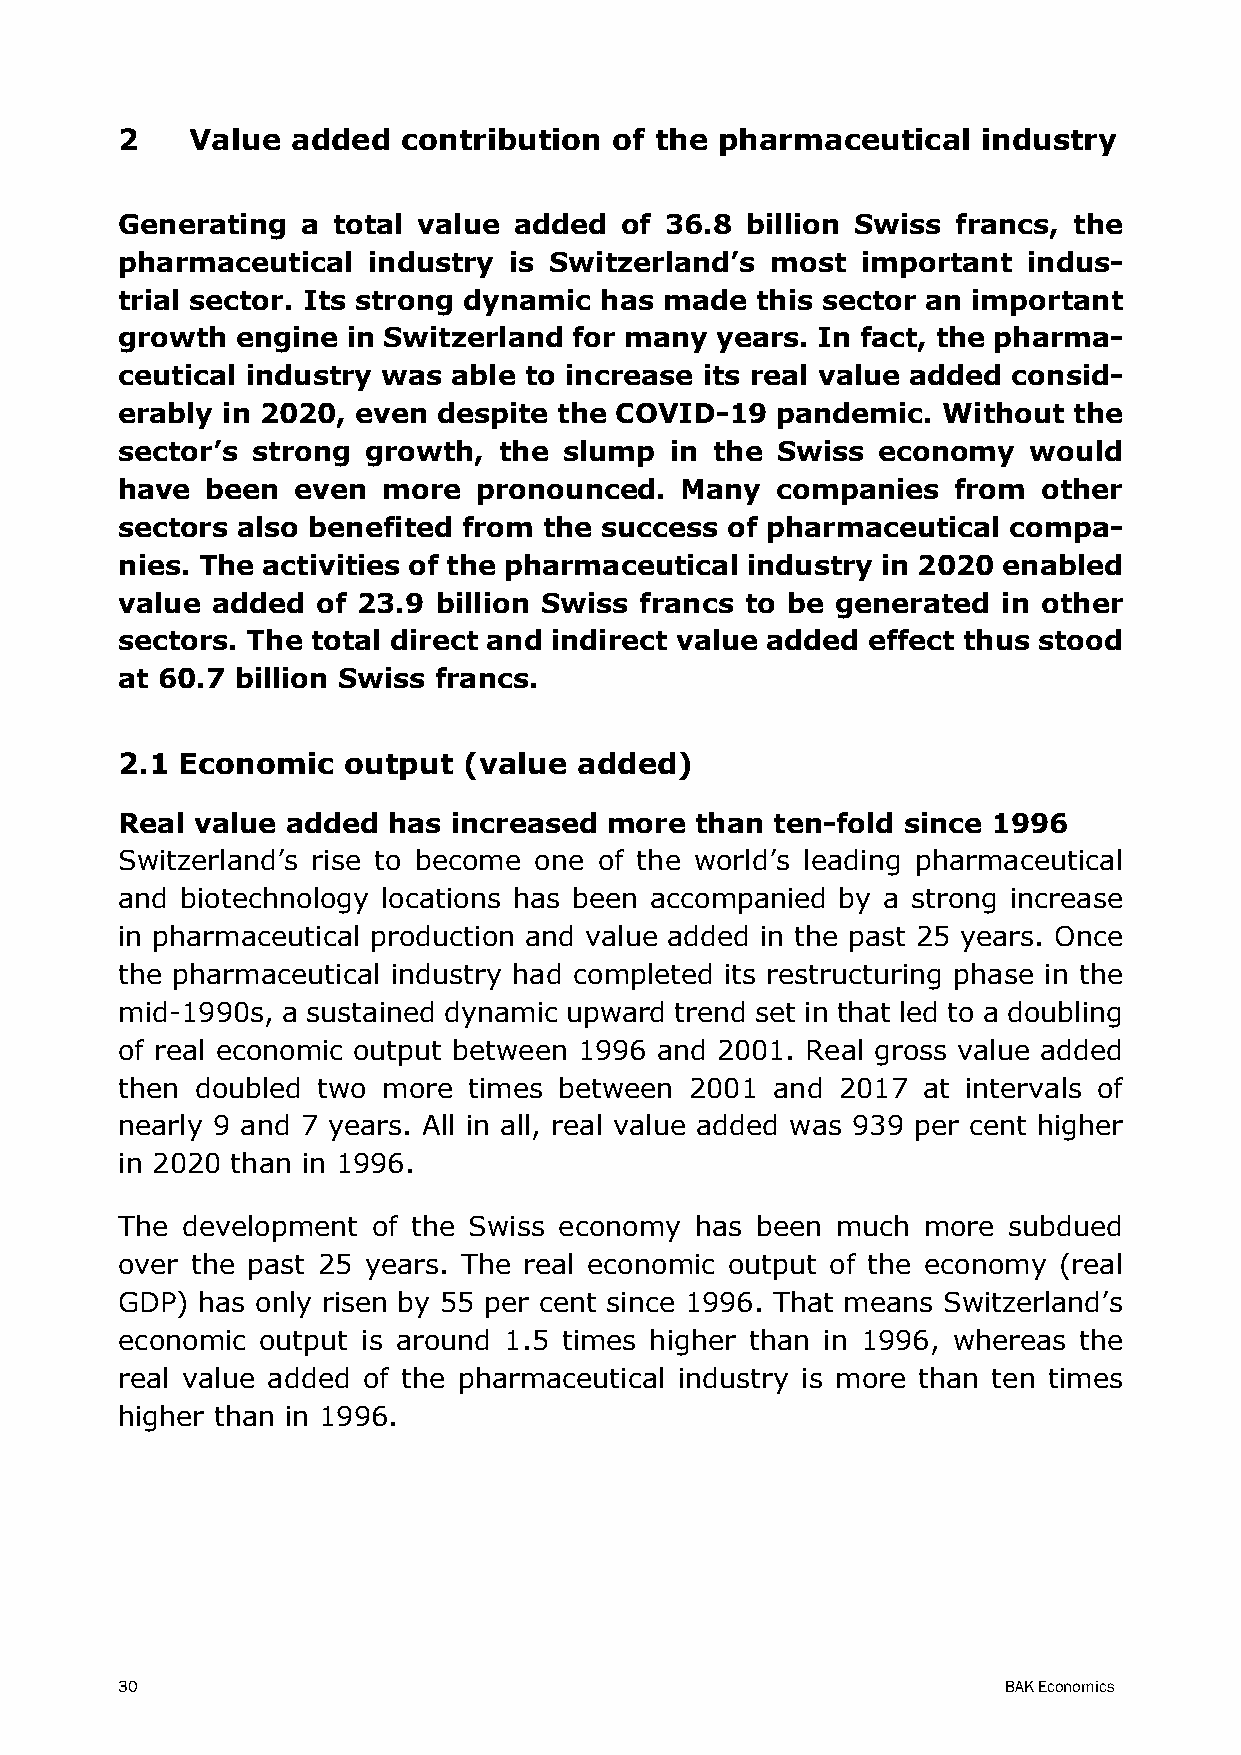
2    Value added   contribution  of the pharmaceutical   industry
 Generating  a total value added  of 36.8 billion Swiss francs, the
 pharmaceutical  industry  is Switzerland’s most  important  indus-
 trial sector. Its strong dynamic has made this sector an important
 growth  engine in Switzerland for many years. In fact, the pharma-
 ceutical industry was able to increase its real value added consid-
 erably in 2020, even despite the COVID-19  pandemic.  Without  the
 sector’s strong growth,  the slump  in the Swiss  economy   would
 have  been  even more   pronounced.  Many  companies   from  other
 sectors also benefited from the success of pharmaceutical  compa-
 nies. The activities of the pharmaceutical industry in 2020 enabled
 value added  of 23.9 billion Swiss francs to be generated in other
 sectors. The total direct and indirect value added effect thus stood
 at 60.7 billion Swiss francs.
 2.1 Economic   output  (value added)
 Real value added  has increased more  than ten-fold since 1996
 Switzerland’s rise to become one of the world’s leading pharmaceutical
 and biotechnology locations has been accompanied by a strong increase
 in pharmaceutical production and value added in the past 25 years. Once
 the pharmaceutical industry had completed its restructuring phase in the
 mid-1990s, a sustained dynamic upward trend set in that led to a doubling
 of real economic output between 1996 and 2001. Real gross value added
 then doubled two more  times between  2001 and 2017  at intervals of
 nearly 9 and 7 years. All in all, real value added was 939 per cent higher
 in 2020 than in 1996.
 The development  of the Swiss economy has been much  more  subdued
 over the past 25 years. The real economic output of the economy (real
 GDP) has only risen by 55 per cent since 1996. That means Switzerland’s
 economic output is around 1.5 times higher than in 1996, whereas the
 real value added of the pharmaceutical industry is more than ten times
 higher than in 1996.
 30                                                        BAK Economics